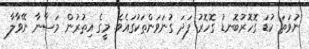
ނުވަތަ ކުޑަ ގޮހޮރުބޮނޑު ގޮހޮރު ފަދަ ގުނަވަންތަކުގައެވެ. މީގެ އިތުރުން މަސާނާ ނޭވާލާ